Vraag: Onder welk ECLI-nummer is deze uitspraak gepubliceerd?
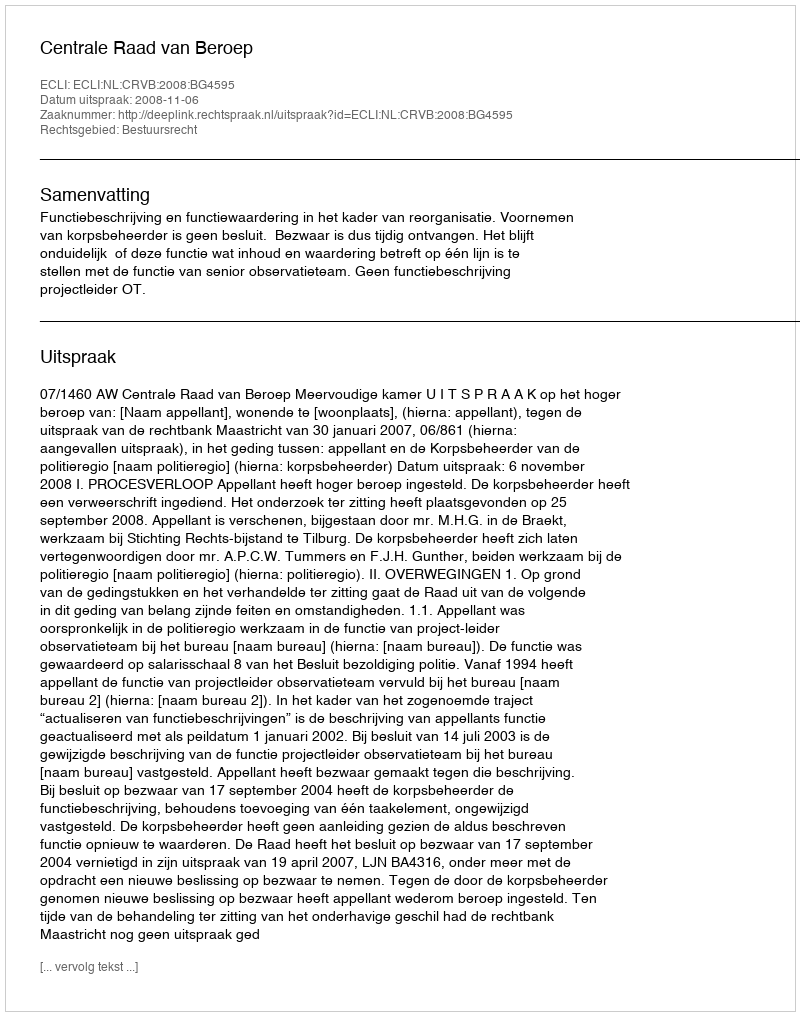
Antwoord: ECLI:NL:CRVB:2008:BG4595